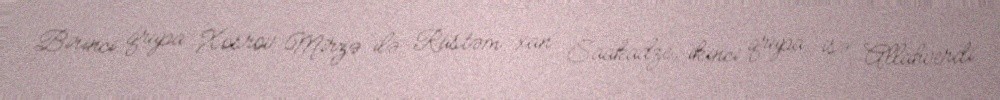
Birinci qrupa Xosrov Mirzə ilə Rüstəm xan Saakadze, ikinci qrupa isə Allahverdi